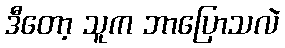
ဒီတော့ သူက ဘာပြောသလဲ